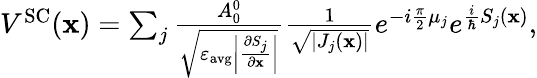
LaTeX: \begin{array}{r}{V^{\mathrm{SC}}(\mathbf{x})=\sum_{j}\frac{A_{0}^{0}}{\sqrt{\varepsilon_{\mathrm{avg}}\left|\frac{\partial S_{j}}{\partial\mathbf{x}}\right|}}\frac{1}{\sqrt{\left|J_{j}(\mathbf{x})\right|}}e^{-i\frac{\pi}{2}\mu_{j}}e^{\frac{i}{\hbar}S_{j}(\mathbf{x})},}\end{array}